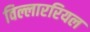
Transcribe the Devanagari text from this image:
विल्लाररियल